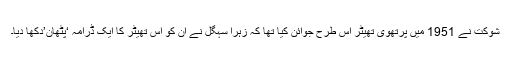
شوکت نے 1951 میں پرتھوی تھیٹر اس طرح جوائن کیا تھا کہ زہرا سہگل نے ان کو اس تھیٹر کا ایک ڈرامہ ‘پٹھان’دکھا دیا۔